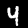
Digit: 4